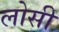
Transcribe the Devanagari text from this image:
लोसी